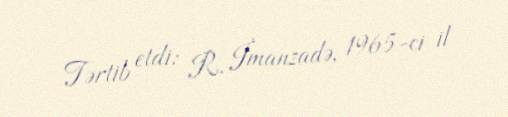
Tərtib etdi: R. İmanzadə, 1965-ci il